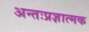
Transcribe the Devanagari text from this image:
अन्तःप्रज्ञात्मक